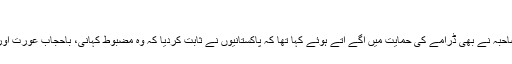
‘‘
جان ریمبو کی بیوی اداکارہ صاحبہ نے بھی ڈرامے کی حمایت میں آگے آتے ہوئے کہا تھا کہ پاکستانیوں نے ثابت کردیا کہ وہ مضبوط کہانی، باحجاب عورت اور بہادر مرد دیکھنا چاہتے ہیں۔